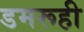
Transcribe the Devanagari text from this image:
डमरूही